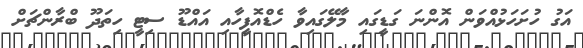
އަގު ހުށަހަޅުއްވަން އޮންނަ ގަޑީގައި މާލޭގައިވާ ހެޑްއޮފީހާއި އައްޑޫ ސިޓީ ހިތަދޫ ބްރާންޗަށް